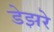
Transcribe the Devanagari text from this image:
डेझरे